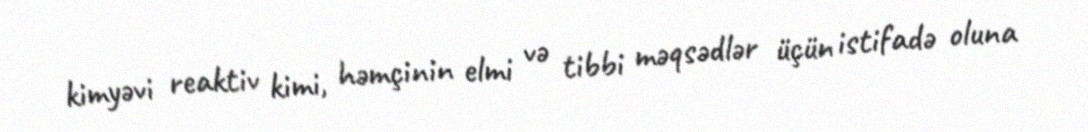
kimyəvi reaktiv kimi, həmçinin elmi və tibbi məqsədlər üçün istifadə oluna